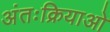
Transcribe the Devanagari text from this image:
अंतःक्रियाओ